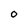
Character: 0